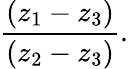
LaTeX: {\frac{(z_{1}-z_{3})}{(z_{2}-z_{3})}}.